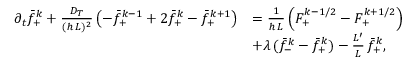
\begin{array} { r l } { \partial _ { t } \bar { f } _ { + } ^ { k } + \frac { D _ { T } } { ( h \, L ) ^ { 2 } } \left( - \bar { f } _ { + } ^ { k - 1 } + 2 \bar { f } _ { + } ^ { k } - \bar { f } _ { + } ^ { k + 1 } \right) } & { = \frac 1 { h \, L } \left( F _ { + } ^ { k - 1 / 2 } - F _ { + } ^ { k + 1 / 2 } \right) } \\ & { + \lambda \, ( \bar { f } _ { - } ^ { k } - \bar { f } _ { + } ^ { k } ) - \frac { L ^ { \prime } } { L } \, \bar { f } _ { + } ^ { k } , } \end{array}